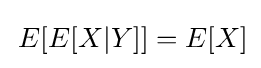
\,E[E[X|Y]]=E[X]